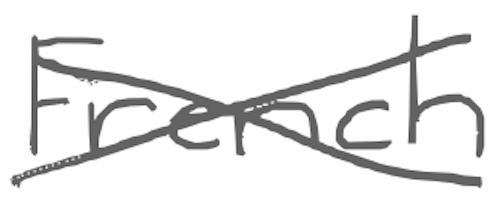
Text: French
Cross-out: mix
Writing tool: digital_gray